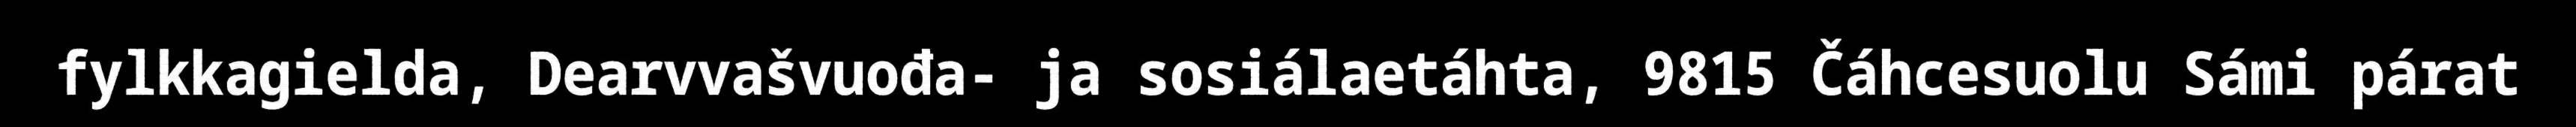
fylkkagielda, Dearvvašvuođa- ja sosiálaetáhta, 9815 Čáhcesuolu Sámi párat